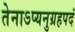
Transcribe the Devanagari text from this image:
तेनाऽप्यनुग्रहपदं